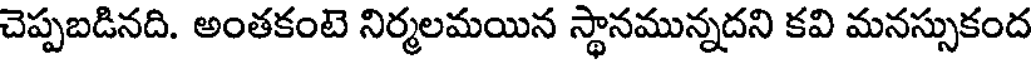
చెప్పబడినది. అంతకంటె నిర్మలమయిన స్థానమున్నదని కవి మనస్సుకంద